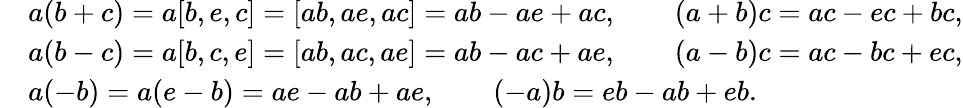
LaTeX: \begin{array}{rl}&{a(b+c)=a[b,e,c]=[ab,ae,ac]=ab-ae+ac,\qquad(a+b)c=ac-ec+bc,}\\ &{a(b-c)=a[b,c,e]=[ab,ac,ae]=ab-ac+ae,\qquad(a-b)c=ac-bc+ec,}\\ &{a(-b)=a(e-b)=ae-ab+ae,\qquad(-a)b=eb-ab+eb.}\end{array}